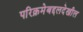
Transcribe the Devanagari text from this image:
परिक्रमेबद्दलदेखील